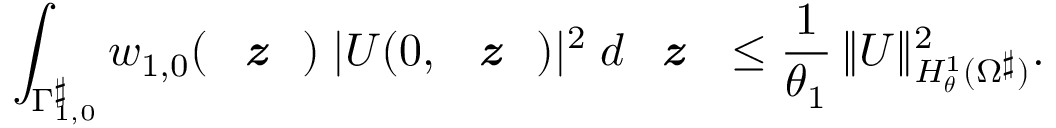
\displaystyle \int _ { \Gamma _ { 1 , 0 } ^ { \smash { \scriptstyle \sharp } } } w _ { 1 , 0 } ( { \textit { \textbf { z } } } ) \; | U ( 0 , { \textit { \textbf { z } } } ) | ^ { 2 } \; d { \textit { \textbf { z } } } \leq \frac { 1 } { \theta _ { 1 } } \, \| U \| _ { H _ { \boldsymbol { \theta } } ^ { 1 } ( \Omega ^ { \smash { \scriptstyle \sharp } } ) } ^ { 2 } .